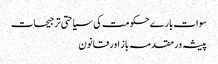
سوات بارے حکومت کی سیاحتی ترجیحات
پیشہ ور مقدمہ باز اور قانون